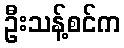
ဦးသန့်စင်က